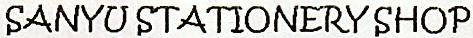
SANYU STATIONERY SHOP